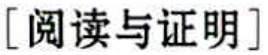
[阅读与证明]